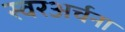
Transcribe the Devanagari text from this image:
स्वरअर्चना